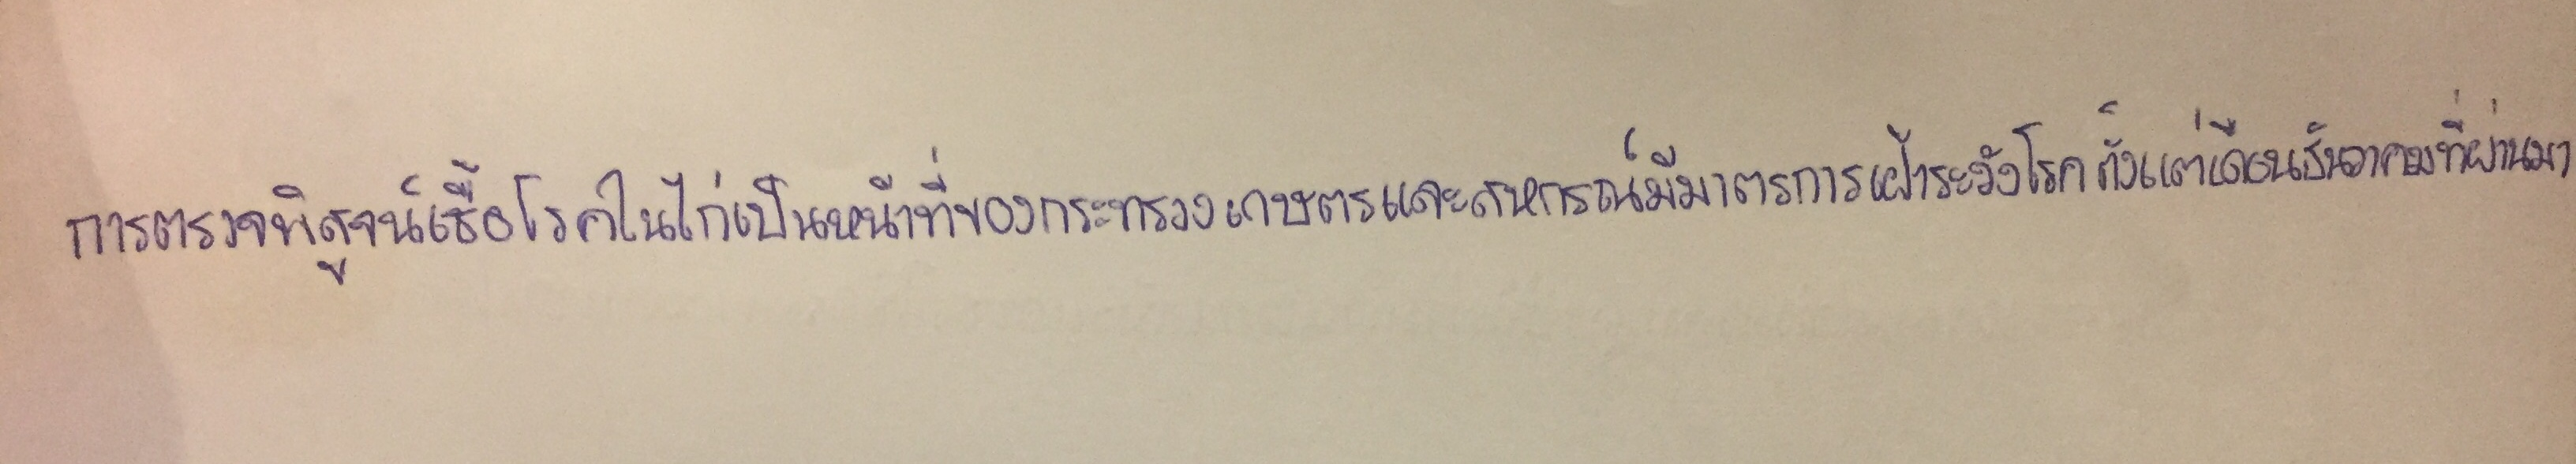
การตรวจพิสูจน์เชื้อโรคในไก่เป็นหน้าที่ของกระทรวงเกษตรและสหกรณ์มีมาตรการเฝ้าระวังโรคตั้งแต่เดือนธันวาคมที่ผ่านมา